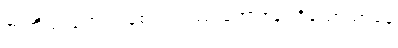
ဇာတိဿရော အစေလကဿ ဘောဇနပရိယောသာနေ